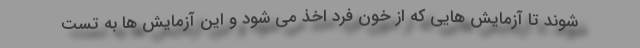
شوند تا آزمایش هایی که از خون فرد اخذ می شود و این آزمایش ها به تست